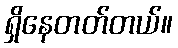
ရှိနေတတ်တယ်။